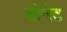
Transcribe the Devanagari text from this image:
डोनेट